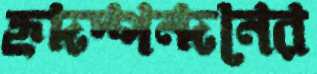
হৃদস্পন্দনের